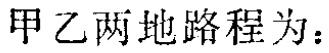
甲乙两地路程为：